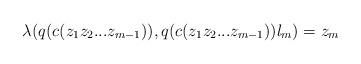
LaTeX: \begin{align*}\lambda(q(c(z_1z_2...z_{m-1})), q(c(z_1z_2...z_{m-1}))l_m) = z_m\end{align*}